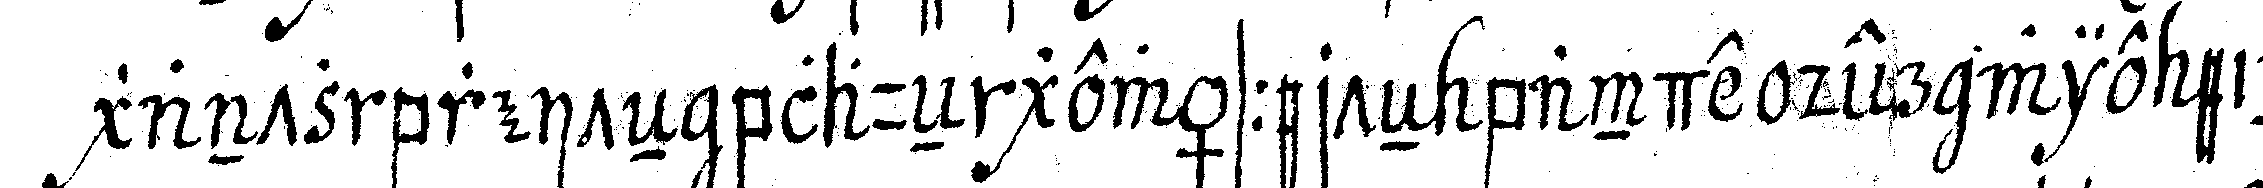
gantz breiteN blaueN gewässerteN bande der wie ein